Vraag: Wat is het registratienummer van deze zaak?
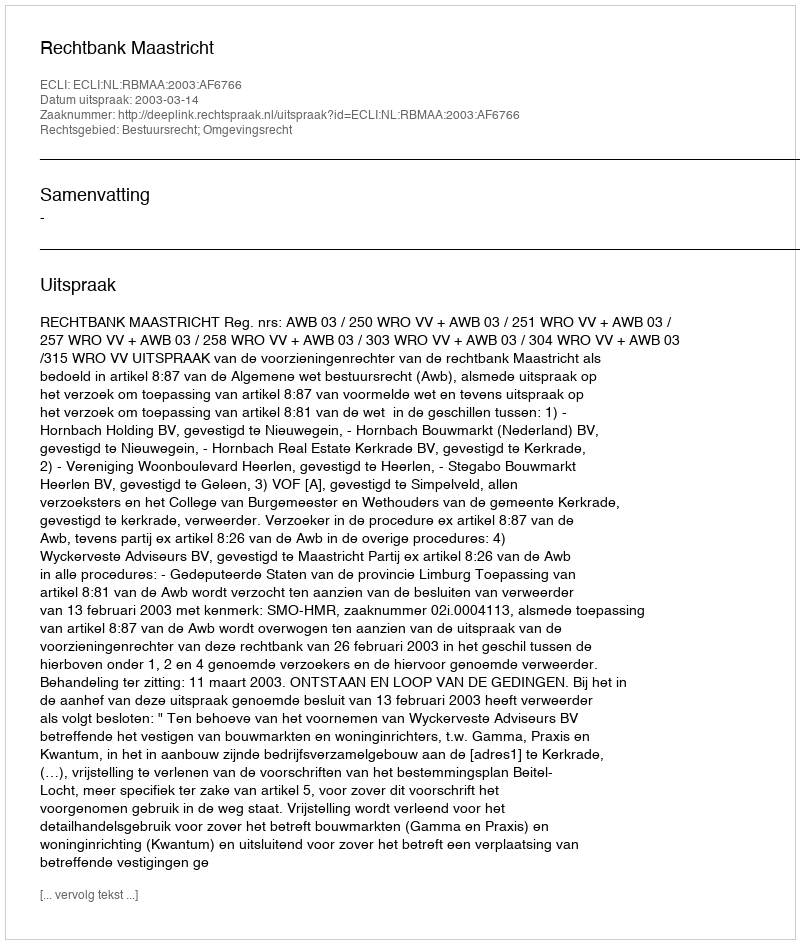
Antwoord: http://deeplink.rechtspraak.nl/uitspraak?id=ECLI:NL:RBMAA:2003:AF6766